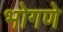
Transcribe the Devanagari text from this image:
भोगणे